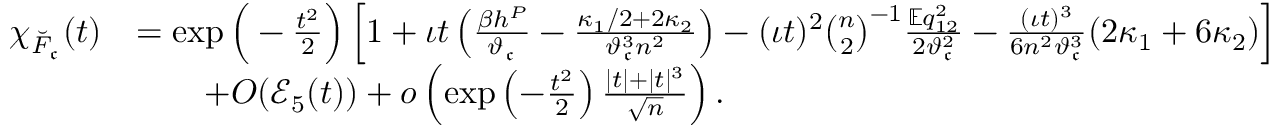
\begin{array} { r l } { \chi _ { \breve { F } _ { \mathfrak { c } } } ( t ) } & { = \exp \Big ( - \frac { t ^ { 2 } } { 2 } \Big ) \left[ 1 + \iota t \left( \frac { \beta h ^ { P } } { \vartheta _ { \mathfrak { c } } } - \frac { \kappa _ { 1 } / 2 + 2 \kappa _ { 2 } } { \vartheta _ { \mathfrak { c } } ^ { 3 } n ^ { 2 } } \right) - ( \iota t ) ^ { 2 } \binom { n } { 2 } ^ { - 1 } \frac { \mathbb { E } q _ { 1 2 } ^ { 2 } } { 2 \vartheta _ { \mathfrak { c } } ^ { 2 } } - \frac { ( \iota t ) ^ { 3 } } { 6 n ^ { 2 } \vartheta _ { \mathfrak { c } } ^ { 3 } } ( 2 \kappa _ { 1 } + 6 \kappa _ { 2 } ) \right] } \\ & { \qquad + O ( \mathcal { E } _ { 5 } ( t ) ) + o \left( \exp \left( - \frac { t ^ { 2 } } { 2 } \right) \frac { | t | + | t | ^ { 3 } } { \sqrt { n } } \right) . } \end{array}